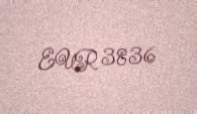
EUR 3836